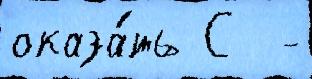
оказа́ть С  -